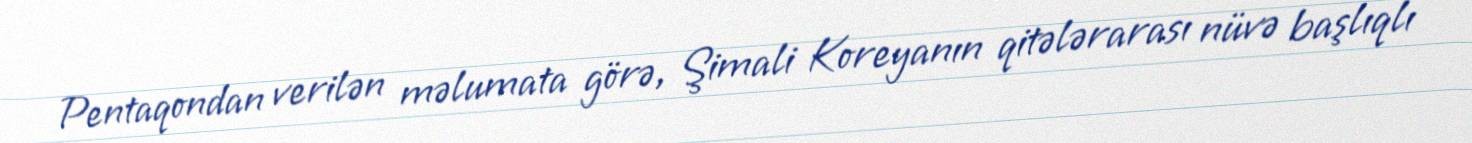
Pentaqondan verilən məlumata görə, Şimali Koreyanın qitələrarası nüvə başlıqlı